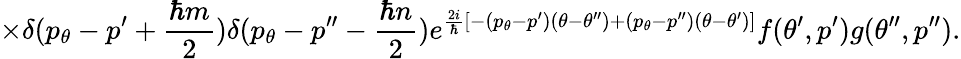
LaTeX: \times\delta(p_{\theta}-p^{\prime}+\frac{\hbar m}{2})\delta(p_{\theta}-p^{\prime\prime}-\frac{\hbar n}{2})e^{\frac{2i}{\hbar}[-(p_{\theta}-p^{\prime})(\theta-\theta^{\prime\prime})+(p_{\theta}-p^{\prime\prime})(\theta-\theta^{\prime})]}f(\theta^{\prime},p^{\prime})g(\theta^{\prime\prime},p^{\prime\prime}).